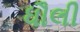
ધૌલી